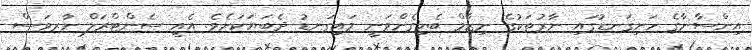
އިންސާނާގެ ހަށިގަނޑުގައި ނާރުތަކުގެ ނިޒާމް ބެހިގެންވަނީ މައިގަނޑު ދެބަޔަކަށެވެ. އެއީ ސެންޓްރަލް ނާރވަސް